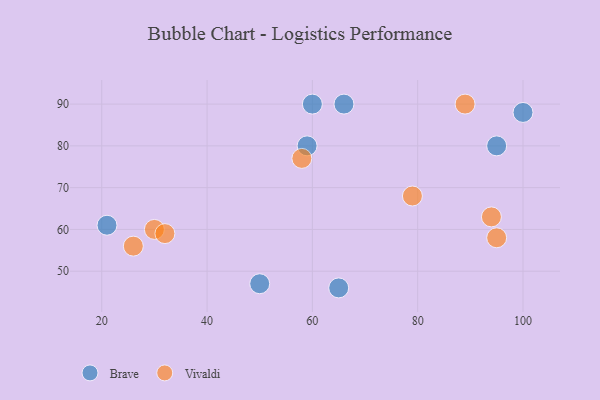
{"axis": {"x": "GDP", "y": "Life Expectancy"}, "legend": ["Brave", "Vivaldi"], "data": [{"x": "100", "y": 88, "type": "Brave"}, {"x": "95", "y": 80, "type": "Brave"}, {"x": "59", "y": 80, "type": "Brave"}, {"x": "21", "y": 61, "type": "Brave"}, {"x": "50", "y": 47, "type": "Brave"}, {"x": "60", "y": 90, "type": "Brave"}, {"x": "66", "y": 90, "type": "Brave"}, {"x": "65", "y": 46, "type": "Brave"}, {"x": "79", "y": 68, "type": "Vivaldi"}, {"x": "89", "y": 90, "type": "Vivaldi"}, {"x": "58", "y": 77, "type": "Vivaldi"}, {"x": "94", "y": 63, "type": "Vivaldi"}, {"x": "30", "y": 60, "type": "Vivaldi"}, {"x": "32", "y": 59, "type": "Vivaldi"}, {"x": "26", "y": 56, "type": "Vivaldi"}, {"x": "95", "y": 58, "type": "Vivaldi"}]}